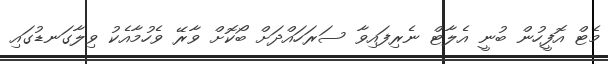
މެޓް އޮފީހުން ބުނީ އެލާޓް ނެރިފައިވާ ސަރަހައްދަށް ބޯކޮށް ވާރޭ ވެހުމާއެކު ވިލާގަނޑުގައި